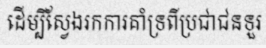
ដើម្បីស្វែងរកការគាំទ្រពីប្រជាជនទួរ